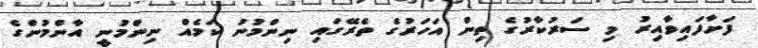
ފަށާފައިވާއިރު މި ސަރުކާރުގެ ތިން އަހަރުގެ ތެރޭގައި ނިންމުނު ކަމެއް ނިންމުނީ އާންމުންގެ